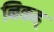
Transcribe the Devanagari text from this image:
निकह्